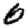
Digit: 0